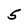
Character: 5